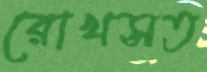
রোখসত